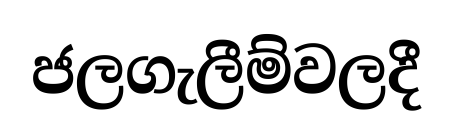
ජලගැලීම්වලදී